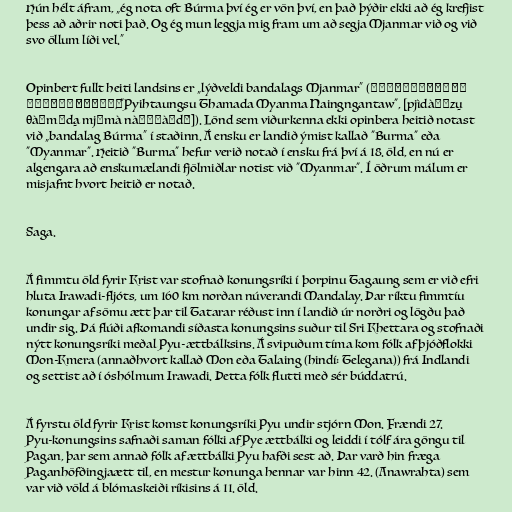
Hún hélt áfram, „ég nota oft Búrma því ég er vön því, en það þýðir ekki að ég krefjist
þess að aðrir noti það. Og ég mun leggja mig fram um að segja Mjanmar við og við
svo öllum líði vel.“

Opinbert fullt heiti landsins er „lýðveldi bandalags Mjanmar“ (ပြည်ထောင်စုသမ္မတ
မြန်မာနိုင်ငံတော်, "Pyihtaungsu Thamada Myanma Naingngantaw", [pjìdàʊɴzṵ
θàɴməda̰ mjəmà nàɪɴŋàɴdɔ̀]). Lönd sem viðurkenna ekki opinbera heitið notast
við „bandalag Búrma“ í staðinn. Á ensku er landið ýmist kallað "Burma" eða
"Myanmar". Heitið "Burma" hefur verið notað í ensku frá því á 18. öld, en nú er
algengara að enskumælandi fjölmiðlar notist við "Myanmar". Í öðrum málum er
misjafnt hvort heitið er notað.

Saga.

Á fimmtu öld fyrir Krist var stofnað konungsríki í þorpinu Tagaung sem er við efri
hluta Irawadi-fljóts, um 160 km norðan núverandi Mandalay. Þar ríktu fimmtíu
konungar af sömu ætt þar til Tatarar réðust inn í landið úr norðri og lögðu það
undir sig. Þá flúði afkomandi síðasta konungsins suður til Sri Khettara og stofnaði
nýtt konungsríki meðal Pyu-ættbálksins. Á svipuðum tíma kom fólk af þjóðflokki
Mon-Kmera (annaðhvort kallað Mon eða Talaing (hindí: Telegana)) frá Indlandi
og settist að í óshólmum Irawadi. Þetta fólk flutti með sér búddatrú.

Á fyrstu öld fyrir Krist komst konungsríki Pyu undir stjórn Mon. Frændi 27.
Pyu-konungsins safnaði saman fólki af Pye ættbálki og leiddi í tólf ára göngu til
Pagan, þar sem annað fólk af ættbálki Pyu hafði sest að. Þar varð hin fræga
Paganhöfðingjaætt til, en mestur konunga hennar var hinn 42. (Anawrahta) sem
var við völd á blómaskeiði ríkisins á 11. öld.